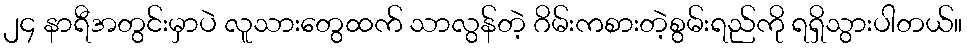
၂၄ နာရီအတွင်းမှာပဲ လူသားတွေထက် သာလွန်တဲ့ ဂိမ်းကစားတဲ့စွမ်းရည်ကို ရရှိသွားပါတယ်။